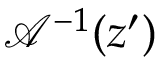
\mathcal { A } ^ { - 1 } ( z ^ { \prime } )